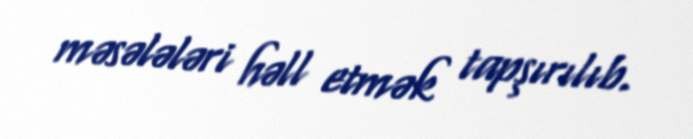
məsələləri həll etmək tapşırılıb.